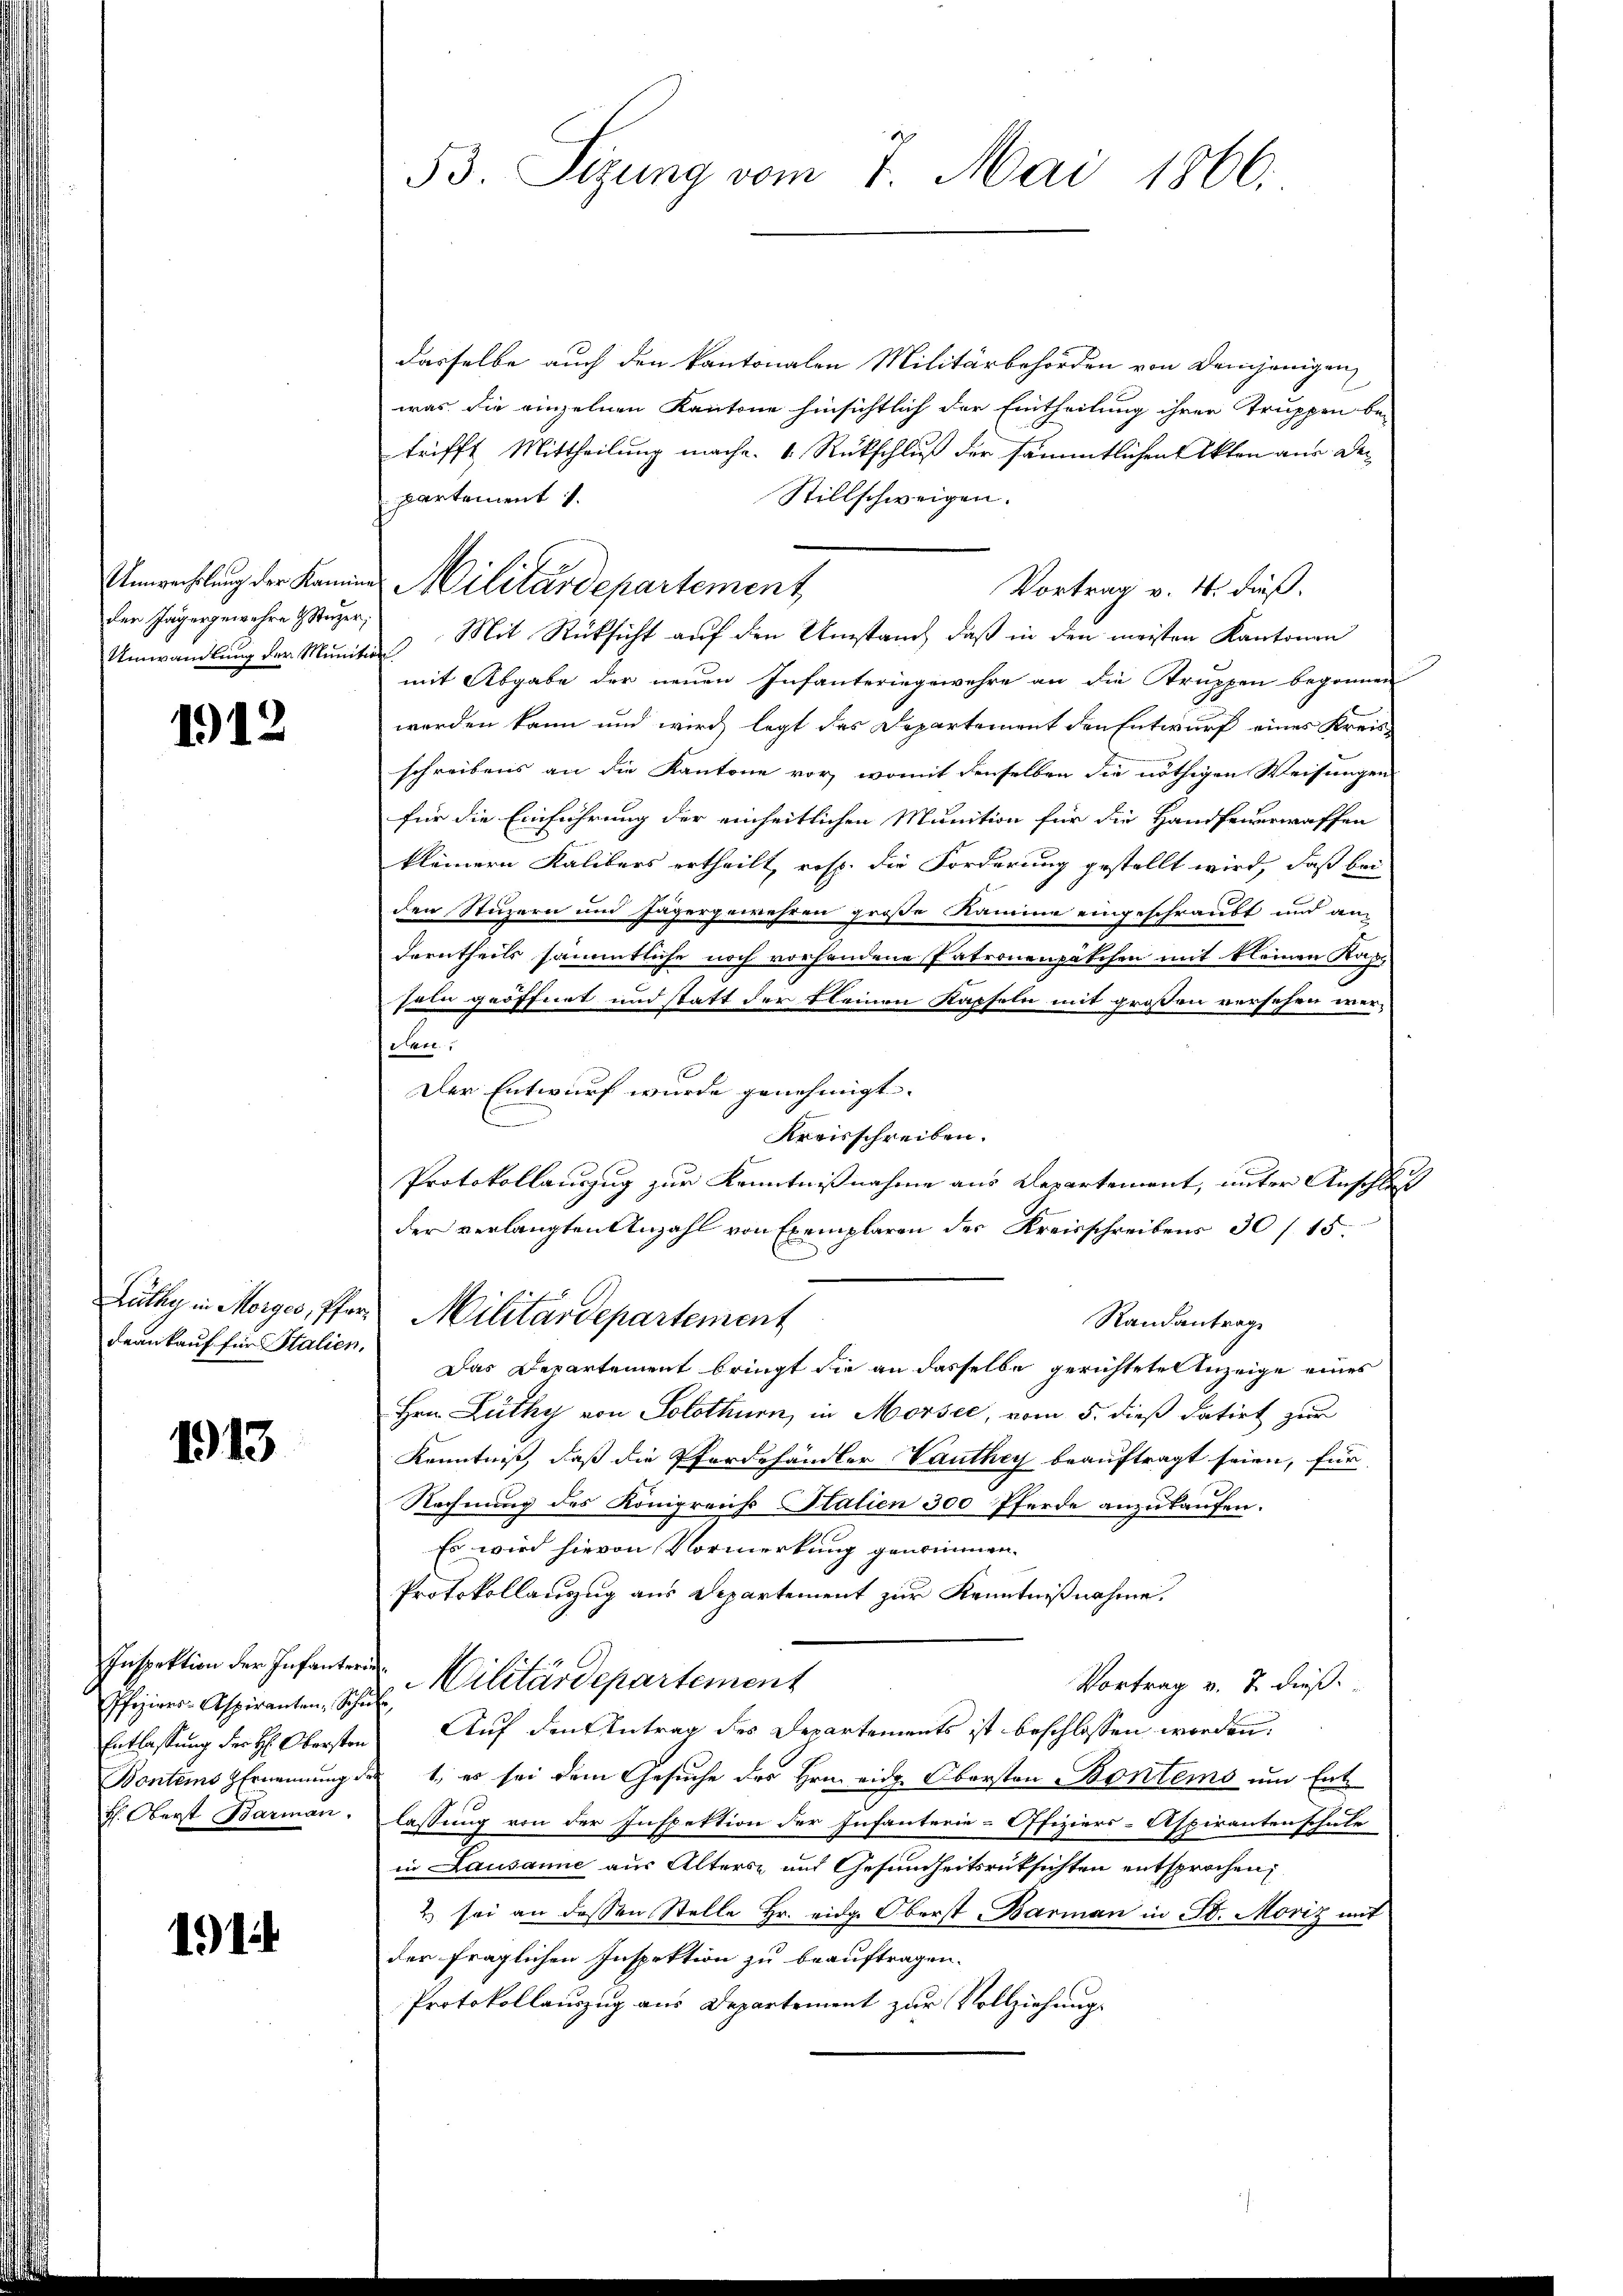
Uunverholung der Kamin
der Jägergewahre 4 Studer;
Umwandlung der Munit

1912

Lüthy in Morges, Pfar¬
Frankauf für Stalien,

1913

Inspektion der Infanter
Pfiziers-Aspiranten, Schn
Entlassung der H: Obersten
Bontes Ernennung d
H. Oberst Barman.

191

53. Sizung vom 7. Mai 1866.

dasselbe auch den kantonalen Militärbehörden von demjenigen
was die einzelnen Kantone hinsichtlich der Eintheilung ihrer Truppen be-
trifft Mittheilung mache. 4 Rückschluß der sämmtlichen Akten aus De¬
Stillschweigen.
partement.
Militärdepartement
Vortrag v. 4. dieß.
d Mit Rücksicht auf den Umstand, daß in den meisten Kantonen
mit Abgabe der neuen Infanteringewehre an die Struppen begonnen
werden kann und wird legt des Departement den Entwurf eines Kreis-
schreibens an die Kantone vor, womit denselben die nöthigen Weisungen
für die Einführung der einheitlichen Munition für die Handfeuerwaffen
kleinern Kalibers ertheilt, resp. die Forderung gestellt wird, daß bei
den Stuzern und Jägergewehren große Kamme eingeschraubt und an-
Derntheils sämmtliche noch vorhandene Patronenpäkchen mit kleinen Kapi
sol geöffnet und statt der kleinen Kapfeln mit großen versehen werden
Der Entwurf wurde genehmigt. |
Kreisschreiben.
Protokollauszug zur Kenntnißnahme aus Departement, unter Anschluß
der verlangten Anzahl von Exemplaren der Kreisschreibens 30 / 15.
Militärdepartement
Randantrage
Das Departement bringt die an dasselbe gerichtete Anzeige eines
Hrn. Lüthy von Solothur, in Morsee, vom 5. dieß datirt zur
Kenntniß, daß die Pferdehändler Vauthey beauftragt seien, für
Rechnung des Königreichs Stalien 300 Pferde anzukaufen.
Es wird hievon Vormerkung genommen.
Protokollauszug aus Departement zur Kenntnißnahme.
 Militärdepartement
Vortrag v. J. dieß.
if¬
Auf den Antrag des Departements ist beschlossen worden.
 1., es sei dem Gesuche des Hrn. eidg. Obersten Bontems um Entlassung von der Inspektion der Infanterie-Offiziers-Aspiranten schule
in Lausanne aus Alters und Gesundheitsrücksichten entsprochen,
2 sei an dessen Stelle Hr. eidg. Oberst Barman in St. Moriz mit
der fraglichen Inspektion zu beauftragen.
Protokollauszug aus Departement zur Vollziehungs